Report of the Hyderabad Chloroform Commission
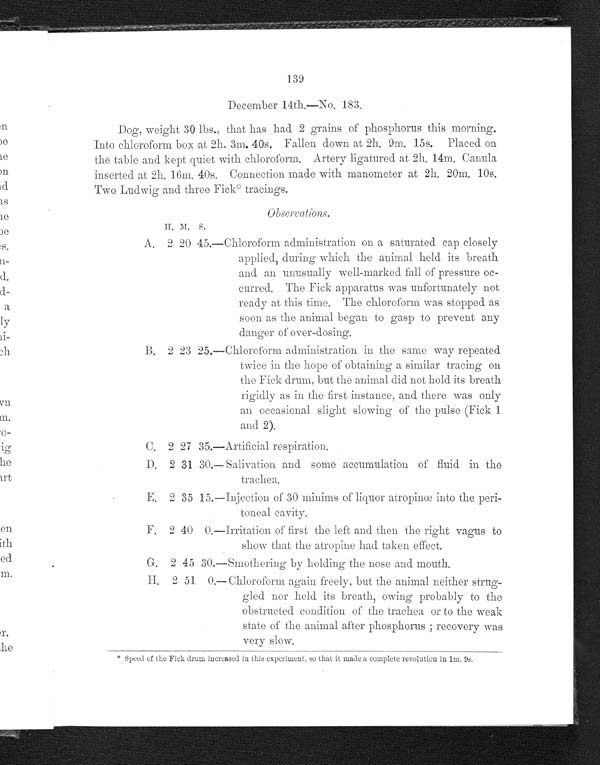
139
December 14th.—No. 183.
Dog, weight 30 lbs., that has had 2 grains of phosphorus this morning.
Into chloroform box at 2h. 3m. 40s. Fallen down at 2h. 9m. 15s. Placed on
the table and kept quiet with chloroform. Artery ligatured at 2h. 14m. Canula
inserted at 2h. 16m. 40s. Connection made with manometer at 2h. 20m. 10s.
Two Ludwig and three Fick* tracings.
H. M. S.
A. 2
20
45.—Chloroform administration on a saturated cap closely
applied, during which the animal held its breath
and an unusually well-marked fall of pressure oc-
curred. The Fick apparatus was unfortunately not
ready at this time. The chloroform was stopped as
soon as the animal began to gasp to prevent any
danger of over-dosing.
B. 2 23 25.—Chloroform administration in the same way repeated
twice in the hope of obtaining a similar tracing on
the Fick drum, but the animal did not hold its breath
rigidly as in the first instance, and there was only
an occasional slight slowing of the pulse (Fick 1
and 2).
C. 2 27 35.—Artificial respiration.
D. 2 31 30.—Salivation and some accumulation of fluid in the
trachea.
E. 2 35 15.—Injection of 30 minims of liquor atropince into the peri
-toneal cavity.
F. 2 40 0.—Irritation of first the left and then the right vagus to
show that the atropine had taken effect.
G. 2 45 30.—Smothering by holding the nose and mouth.
H. 2 51 0.—Chloroform again freely, but the animal neither strug-
gled nor held its breath, owing probably to the
obstructed condition of the trachea or to the weak
state of the animal after phosphorus; recovery was
very slow.
* Speed of the Fick drum increased in this experiment, so that it made a complete revolution in 1m. 9s.